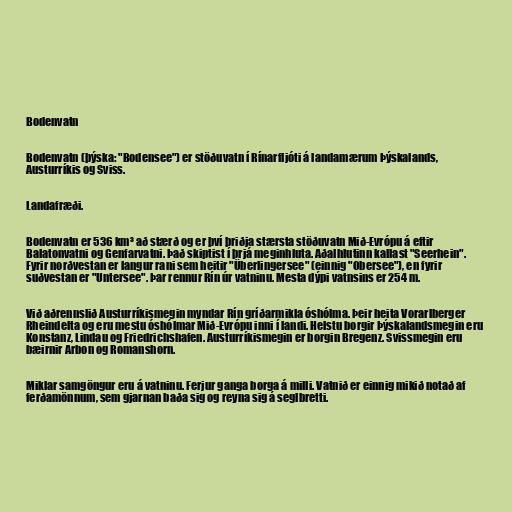
Bodenvatn

Bodenvatn (þýska: "Bodensee") er stöðuvatn í Rínarfljóti á landamærum Þýskalands,
Austurríkis og Sviss.

Landafræði.

Bodenvatn er 536 km³ að stærð og er því þriðja stærsta stöðuvatn Mið-Evrópu á eftir
Balatonvatni og Genfarvatni. Það skiptist í þrjá meginhluta. Aðalhlutinn kallast "Seerhein".
Fyrir norðvestan er langur rani sem heitir "Überlingersee" (einnig "Obersee"), en fyrir
suðvestan er "Untersee". Þar rennur Rín úr vatninu. Mesta dýpi vatnsins er 254 m.

Við aðrennslið Austurríkismegin myndar Rín gríðarmikla óshólma. Þeir heita Vorarlberger
Rheindelta og eru mestu óshólmar Mið-Evrópu inni í landi. Helstu borgir Þýskalandsmegin eru
Konstanz, Lindau og Friedrichshafen. Austurríkismegin er borgin Bregenz. Svissmegin eru
bæirnir Arbon og Romanshorn.

Miklar samgöngur eru á vatninu. Ferjur ganga borga á milli. Vatnið er einnig mikið notað af
ferðamönnum, sem gjarnan baða sig og reyna sig á seglbretti.